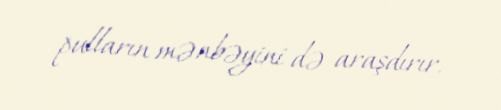
pulların mənbəyini də araşdırır.